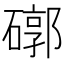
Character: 𥕖